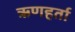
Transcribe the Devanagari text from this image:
ऋणहर्ता